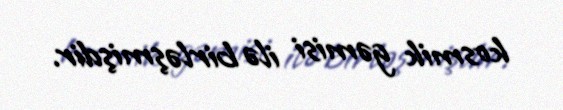
kosmik gəmisi ilə birləşmişdir.